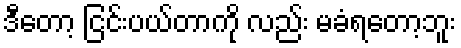
ဒီတော့ ငြင်းပယ်တာကို လည်း မခံရတော့ဘူး